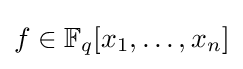
f\in \mathbb {F} _{q}[x_{1},\ldots ,x_{n}]